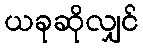
ယခုဆိုလျှင်